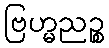
ဗြဟ္မညဉ္စ